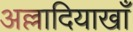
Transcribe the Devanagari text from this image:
अल्लादियाखाँ